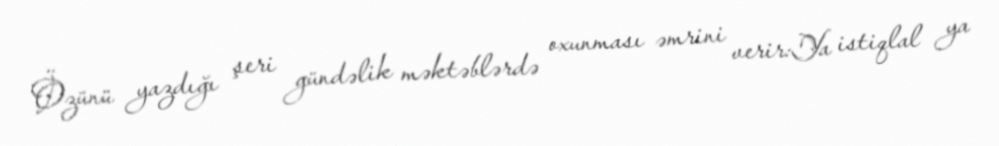
Özünü yazdığı şeri gündəlik məktəblərdə oxunması əmrini verir:Ya istiqlal ya